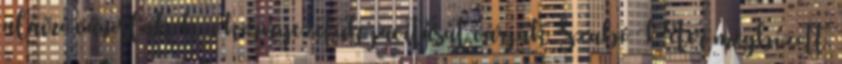
aláíró városlakók a környezetük javítását várják Szabó Péter megbízott,